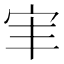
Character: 𫲸